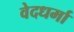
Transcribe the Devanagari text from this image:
वेदधर्मा